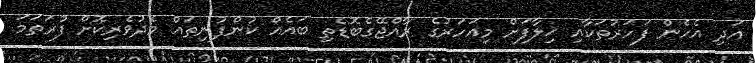
އަދި އެހެން ފަހަރުތަކާއި ޚިލާފަށް މިއަހަރުގެ ރާއްޖޭގެބޮޑެތި ބައެއް ކުންފުނިތައް މެދުވެރިކޮށް ފުރަތަމަ